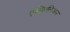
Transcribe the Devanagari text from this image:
एल्तिलिअन